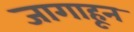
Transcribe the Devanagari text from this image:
जागाहून